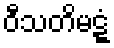
ဝီသတိမဋ္ဋံ